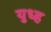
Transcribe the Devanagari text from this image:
युध्ह